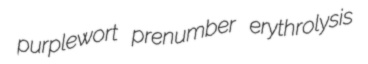
purplewort prenumber erythrolysis